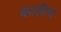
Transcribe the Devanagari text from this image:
काटिए